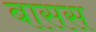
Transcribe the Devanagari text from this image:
बासस